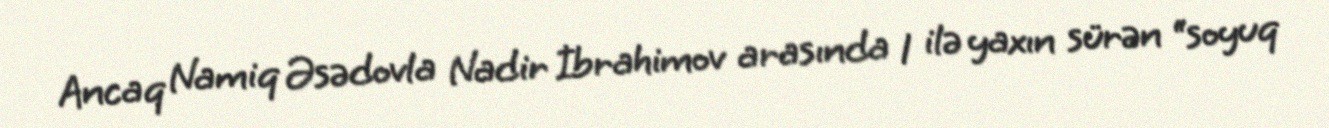
Ancaq Namiq Əsədovla Nadir İbrahimov arasında 1 ilə yaxın sürən “soyuq